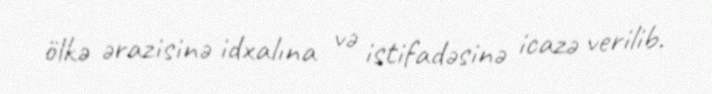
ölkə ərazisinə idxalına və istifadəsinə icazə verilib.